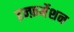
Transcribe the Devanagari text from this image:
इन्फ़र्मेशन